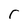
Character: F